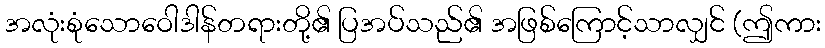
အလုံးစုံသောဝေါဒါန်တရားတို့၏ ပြအပ်သည်၏ အဖြစ်ကြောင့်သာလျှင် (ဤကား